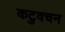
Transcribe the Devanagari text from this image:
कटुवचन